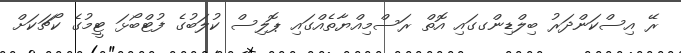
ރޭ އިސްކަންދަރު ބިލްޑިންގގައި އޮތް ރަސްމިއްޔާތެއްގައި ޕޮލިސް ކުލަބުގެ ފުޓްބޯޅަ ޓީމުގެ ކޯޗަކަށް